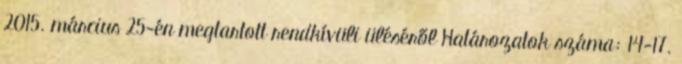
2015. március 25-én megtartott rendkívüli üléséről Határozatok száma: 14-17.